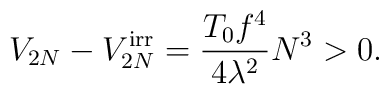
V_{2N}-V_{2N}^{\rm irr}=\frac{T_{0}f^{4}}{4\lambda^{2}}N^{3} > 0.